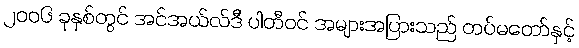
၂၀၀၆ ခုနှစ်တွင် အင်အယ်လ်ဒီ ပါတီဝင် အများအပြားသည် တပ်မတော်နှင့်